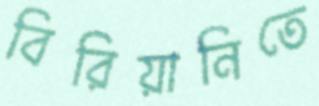
বিরিয়ানিতে